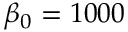
\beta _ { 0 } = 1 0 0 0